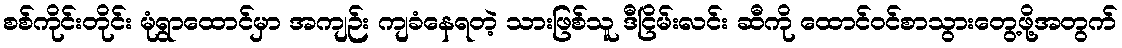
စစ်ကိုင်းတိုင်း မုံရွာထောင်မှာ အကျဉ်း ကျခံနေရတဲ့ သားဖြစ်သူ ဒီငြိမ်းလင်း ဆီကို ထောင်ဝင်စာသွားတွေ့ဖို့အတွက်